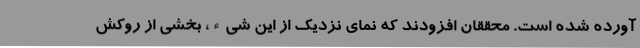
آورده شده است. محققان افزودند که نمای نزدیک از این شیء، بخشی از روکش